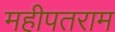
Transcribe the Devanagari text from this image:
महीपतराम